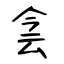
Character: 侌